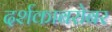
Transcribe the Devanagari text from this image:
दर्शकाबरोबर